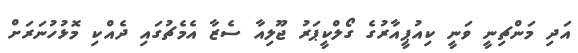
އަދި މަންޗިނީ ވަނީ ކިއުޕީއާރުގެ ގޯލްކީޕަރު ޖޫލިއާ ސެޒާ އެމެޗުގައި ދެއްކި މޮޅުހުނަރަށް